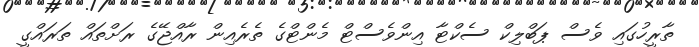
ތާރީހުގައި ވެސް ޕަބްލިކް ސެކްޓާ އިންވެސްޓް މެންޓްގެ ތެރެއިން ރާއްޖޭގެ ރަށްތައް ތަރައްގީ